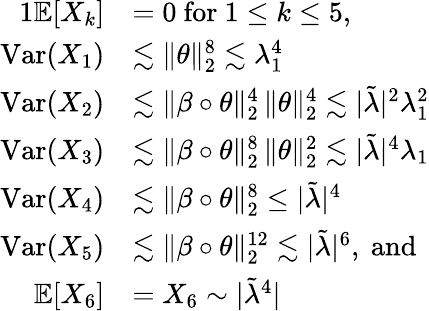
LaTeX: \begin{array}{rl}{{1}\mathbb{E}[X_{k}]}&{=0\mathrm{~for~}1\leq k\leq 5,}\\ {\mathrm{Var}(X_{1})}&{\lesssim\| \theta\| _{2}^{8}\lesssim\lambda_{1}^{4}}\\ {\mathrm{Var}(X_{2})}&{\lesssim\| \beta\circ\theta\| _{2}^{4}\, \| \theta\| _{2}^{4}\lesssim|\tilde{\lambda}|^{2}\lambda_{1}^{2}}\\ {\mathrm{Var}(X_{3})}&{\lesssim\| \beta\circ\theta\| _{2}^{8}\, \| \theta\| _{2}^{2}\lesssim|\tilde{\lambda}|^{4}\lambda_{1}}\\ {\mathrm{Var}(X_{4})}&{\lesssim\| \beta\circ\theta\| _{2}^{8}\leq|\tilde{\lambda}|^{4}}\\ {\mathrm{Var}(X_{5})}&{\lesssim\| \beta\circ\theta\| _{2}^{12}\lesssim|\tilde{\lambda}|^{6},\mathrm{~and~}}\\ {\mathbb{E}[X_{6}]}&{=X_{6}\sim|\tilde{\lambda}^{4}|}\end{array}